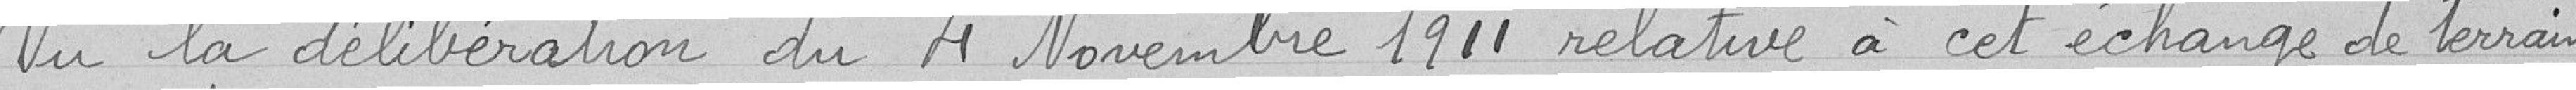
Vu la délibération du 4 novembre 1911 relative à cet échange de terrain,